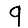
Digit: 9